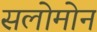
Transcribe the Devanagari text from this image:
सलोमोन